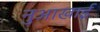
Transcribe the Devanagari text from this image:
नुआखाई